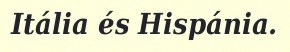
Itália és Hispánia.